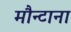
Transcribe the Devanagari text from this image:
मौन्टाना